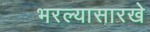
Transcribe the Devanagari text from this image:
भरल्यासारखे